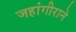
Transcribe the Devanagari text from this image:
जहांगीराने